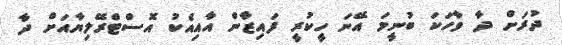
ދުރަށް ދާ ވާހަކަ ބުނީމަ އޭނަ ހީކުރީ ފައިޒާން އާއިއެކު އޮސްޓްރޭލިޔާއަށް ދާ